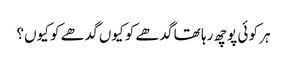
ہر کو ئی پوچھ رہا تھا گدھے کو کیوں گدھے کو کیوں؟